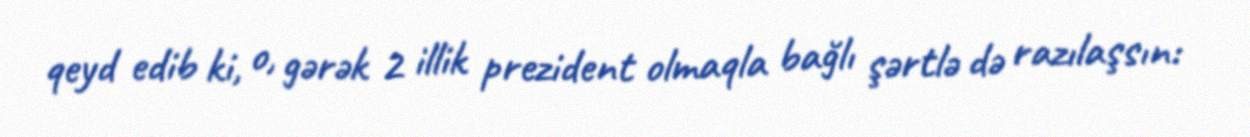
qeyd edib ki, o, gərək 2 illik prezident olmaqla bağlı şərtlə də razılaşsın: